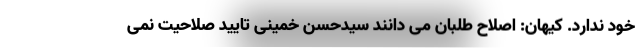
خود ندارد. کیهان: اصلاح طلبان می دانند سیدحسن خمینی تایید صلاحیت نمی